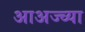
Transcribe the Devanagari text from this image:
आअज्च्या